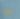
نورا